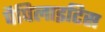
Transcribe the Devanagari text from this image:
पैपिलाइटिस